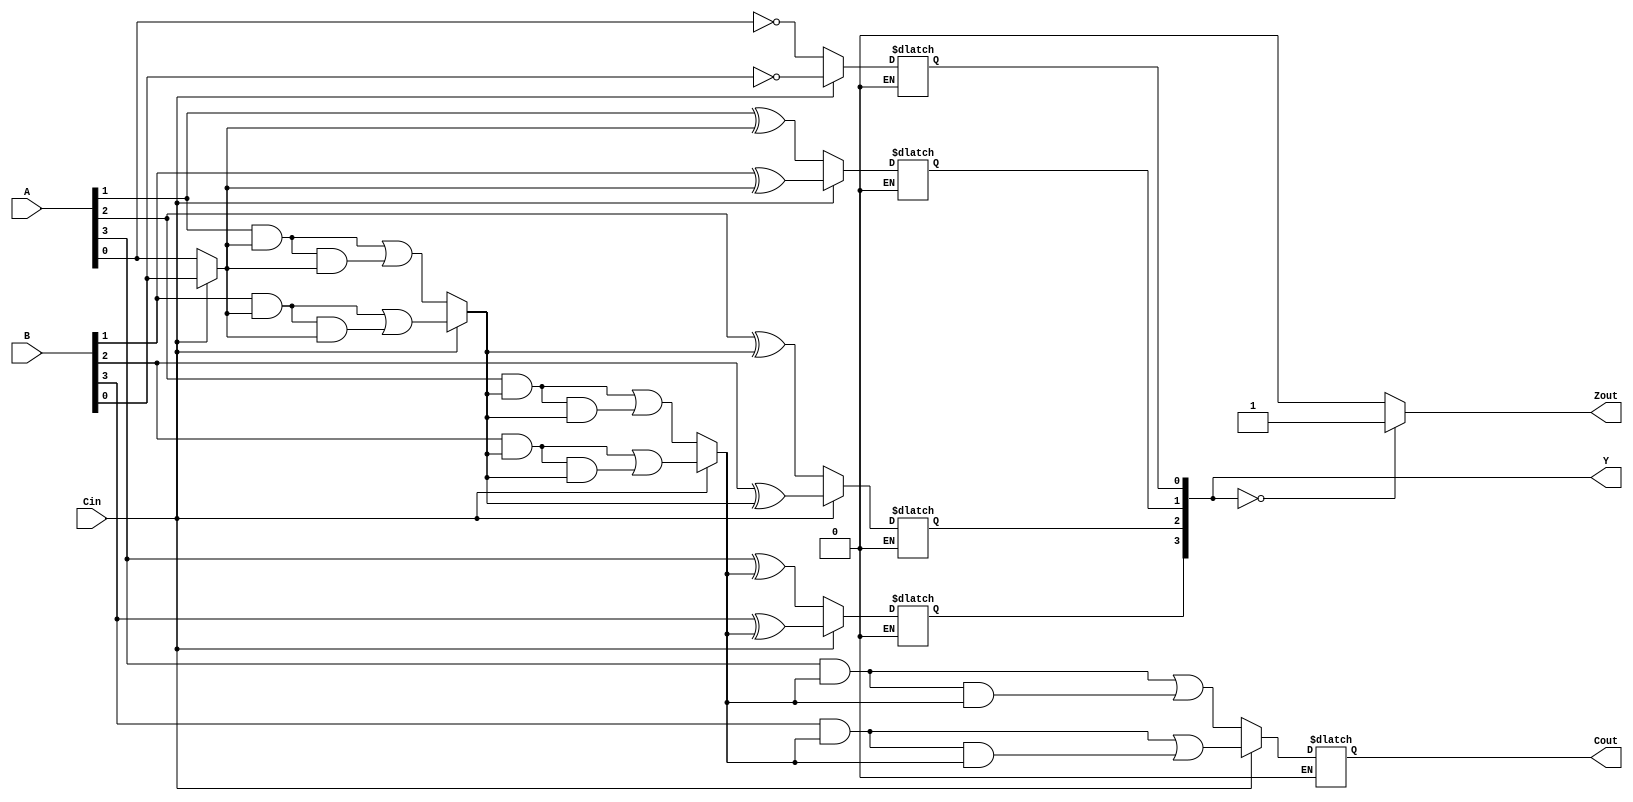
module Incremento_Verilog_P (A,B,Y,Cin,Cout,Zout);
    parameter N = 4;
    input [N-1:0] A;
    input [N-1:0] B;
    output [N-1:0] Y;
    input Cin;
    output Cout;
    output Zout;
    
    reg [N-1:0] Y_reg;
    reg [N-1:0] i;
    reg [N:0] carry;
    reg t1, t2, t3;
 
    reg Z_out;
 
    always @*
    begin
    for(i = 0; i < N; i = i + 1) 
            if (Cin == 0)
            begin
            carry [0] = 1;
            Y_reg[i] = A[i] ^ carry[i];
            t1 = A[i] & carry[i];
            t2 = t1 & carry[i];
            carry[i+1] = t1 | t2;
           
            end else if (Cin == 1)
                        begin
                        carry [0] = 1;
                        Y_reg[i] = B[i] ^ carry[i];
                        t1 = B[i] & carry[i];
                        t2 = t1 & carry[i];
                        carry[i+1] = t1 | t2;
              
                        end
    end
    
    
    always @*
     begin
            if (Y_reg == 0) begin
                Z_out = 1;
            end else begin
                Z_out = 0;
            end
        
     end
   
    
    assign Y = Y_reg;
    assign Cout = carry[N];
    assign Zout = Z_out;
    
endmodule